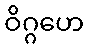
ဝိဂ္ဂဟေ